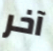
آخر